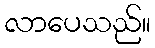
လာပေသည်။